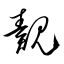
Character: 覿